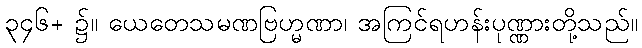
၃၄၆+ ၌။ ယေတေသမဏဗြဟ္မဏာ၊ အကြင်ရဟန်းပုဏ္ဏားတို့သည်။